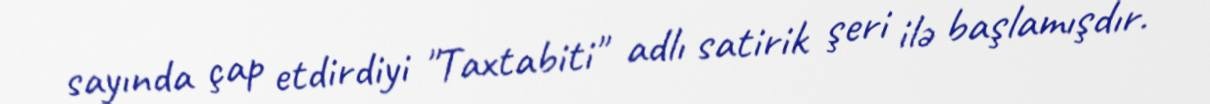
sayında çap etdirdiyi "Taxtabiti" adlı satirik şeri ilə başlamışdır.